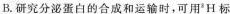
B.研究分泌蛋白的合成和运输时，可用^{3}H标